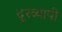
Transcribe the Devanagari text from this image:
दूरव्यापी